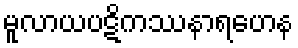
မူလာယပဋိကဿနာရဟေန